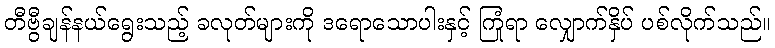
တီဗွီချန်နယ်ရွေးသည့် ခလုတ်များကို ဒရောသောပါးနှင့် ကြုံရာ လျှောက်နှိပ် ပစ်လိုက်သည်။